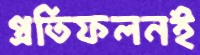
প্রতিফলনই